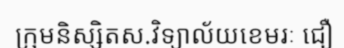
ក្រុមនិស្សិតស.វិទ្យាល័យខេមរៈ ជឿ